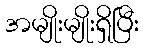
အမျိုးမျိုးရှိပြီး